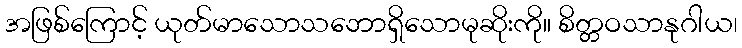
အဖြစ်ကြောင့် ယုတ်မာသောသဘောရှိသောမုဆိုးကို။ စိတ္တဝသာနုဂါယ၊